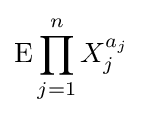
{\text{E}}\prod _{j=1}^{n}X_{j}^{a_{j}}